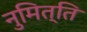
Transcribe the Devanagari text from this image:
नुमित्ति